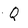
Character: Q